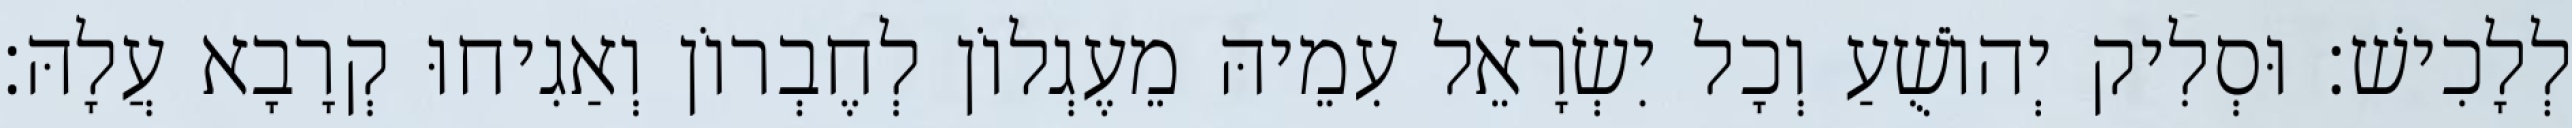
לְלָכִישׁ׃ וּסְלִיק יְהוֹשֻׁעַ וְכָל יִשְׂרָאֵל עִמֵיהּ מֵעֶגְלוֹן לְחֶבְרוֹן וְאַגִיחוּ קְרָבָא עֲלָהּ׃